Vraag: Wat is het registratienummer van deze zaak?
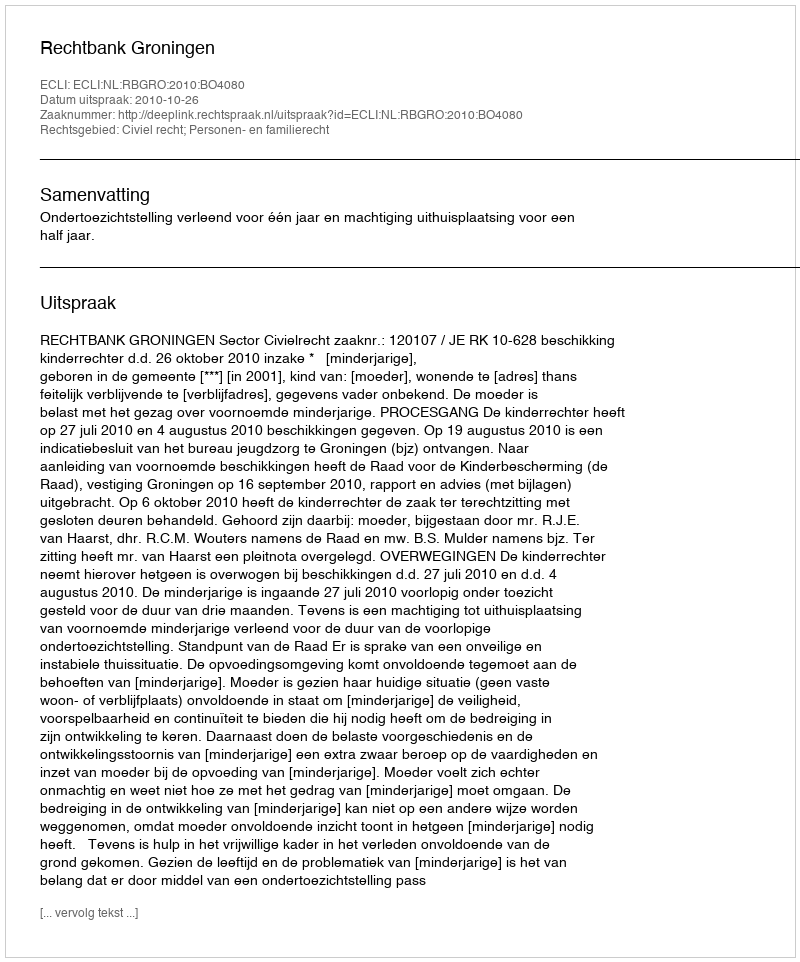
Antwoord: http://deeplink.rechtspraak.nl/uitspraak?id=ECLI:NL:RBGRO:2010:BO4080